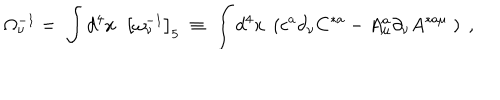
LaTeX: \Omega _ { \nu } ^ { - 1 } = \; \int d ^ { 4 } x \; \; \left[ \omega _ { \nu } ^ { - 1 } \right] _ { 5 } \; \equiv \; \int d ^ { 4 } x \; \left( c ^ { a } \partial _ { \nu } C ^ { * a } - A _ { \mu } ^ { a } \partial _ { \nu } A ^ { * a \mu } \; \right) \; ,